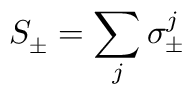
S _ { \pm } = \sum _ { j } \sigma _ { \pm } ^ { j }